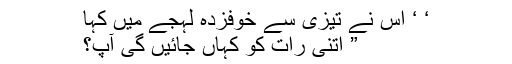
‘ ‘ اس نے تیزی سے خوفزدہ لہجے میں کہا
” اتنی رات کو کہاں جائیں گی آپ؟